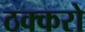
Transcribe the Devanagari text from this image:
ठक्करो